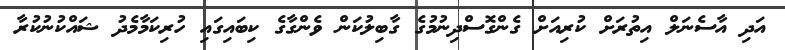
އަދި އާސެނަލް އިތުރަށް ކުރިއަށް ގެންގޮސްދިނުމުގެ ގާބިލުކަން ވެންގާގެ ކިބައިގައި ހުރިކަމާމެދު ޝައްކުނުކުރާ